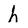
Character: h